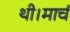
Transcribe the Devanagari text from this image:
थी।मार्च